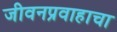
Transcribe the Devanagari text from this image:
जीवनप्रवाहाचा